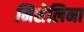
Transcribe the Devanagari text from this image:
मिशेलिना